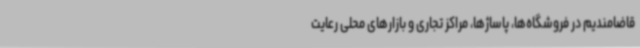
قاضامندیم در فروشگاه‌ها، پاساژها، مراکز تجاری و بازارهای محلی رعایت